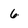
Character: 6